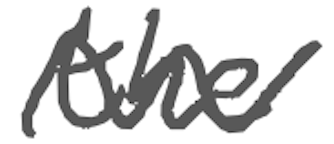
Text: the
Cross-out: wave
Writing tool: digital_gray